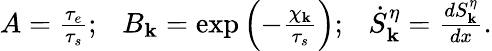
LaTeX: \begin{array}{r}{A=\frac{\tau_{e}}{\tau_{s}};~~~B_{\mathbf k}=\exp\left(-\frac{\chi_{\mathbf k}}{\tau_{s}}\right);~~~\dot{S}_{\mathbf k}^{\eta}=\frac{dS_{\mathbf k}^{\eta}}{dx}.}\end{array}